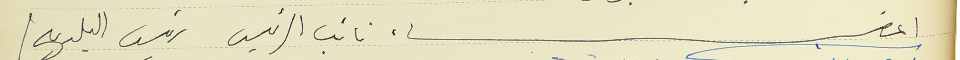
اعضاء نائب الرئيس رئيس البلديه